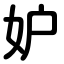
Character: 妒